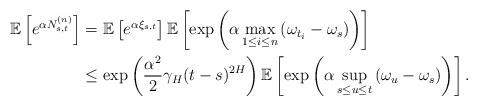
LaTeX: \begin{align*}\mathbb{E}\left[e^{\alpha N_{s,t}^{(n)}}\right] & =\mathbb{E}\left[e^{\alpha\xi_{s,t}}\right]\mathbb{E}\left[\exp\left(\alpha\max_{1\leq i\leq n}\left(\omega_{t_{i}}-\omega_{s}\right)\right)\right]\\ & \leq\exp\left(\frac{\alpha^{2}}{2}\gamma_{H}(t-s)^{2H}\right)\mathbb{E}\left[\exp\left(\alpha\sup_{s\leq u\leq t}\left(\omega_{u}-\omega_{s}\right)\right)\right].\end{align*}